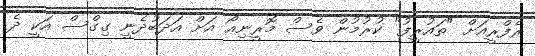
ރެފްރީއަށް "ތައުރީފު" ކުރުމުން ވެސް މޮރީނިއޯ އަށް އަދަބުދެނީ ގިގްސް އަކީ ދެ